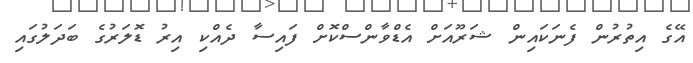
އޭގެ އިތުރުން ފެނަކައިން ޝަރޫއަށް އެޑްވާންސްކޮށް ފައިސާ ދެއްކި އިރު ޑޮލަރުގެ ބަދަލުގައި